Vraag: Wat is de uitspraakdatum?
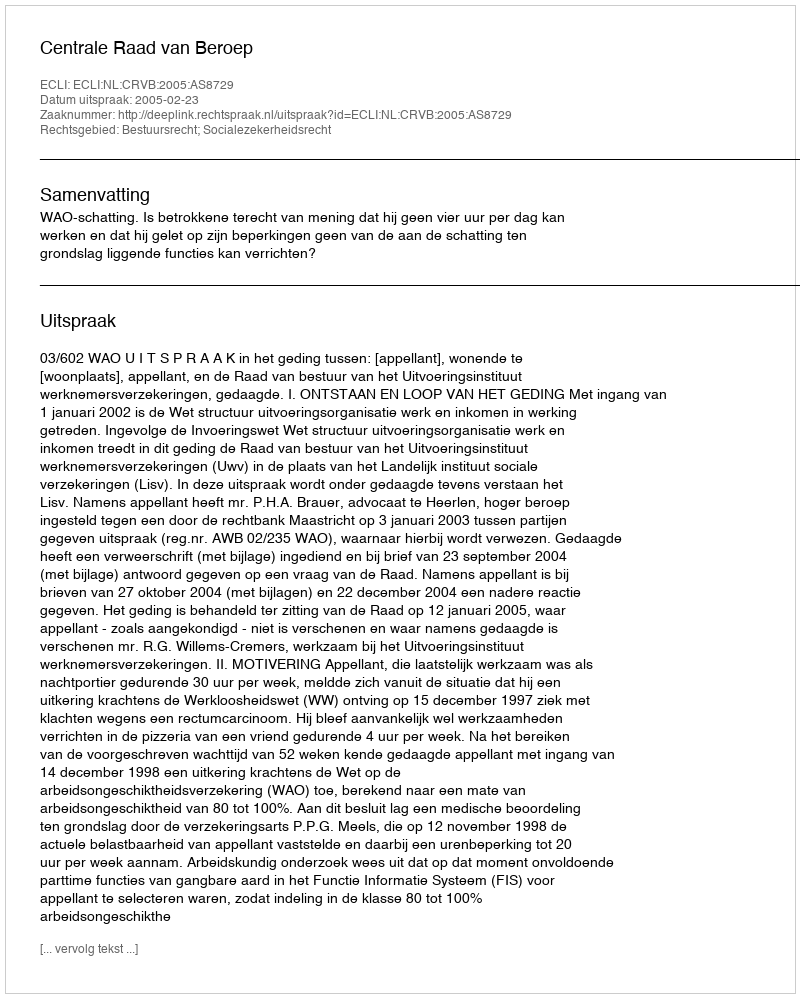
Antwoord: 2005-02-23